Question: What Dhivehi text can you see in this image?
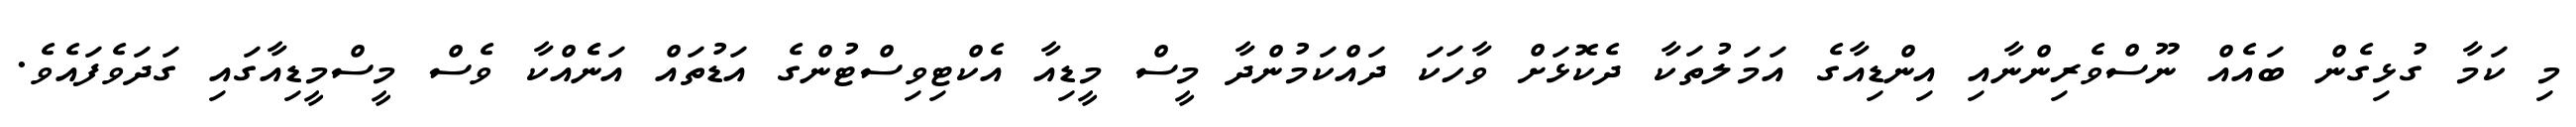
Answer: މި ކަމާ ގުޅިގެން ބައެއް ނޫސްވެރިންނާއި އިންޑިއާގެ އަމަލުތަކާ ދެކޮޅަށް ވާހަކަ ދައްކަމުންދާ މީސް މީޑިއާ އެކްޓިވިސްޓުންގެ އަޑުތައް އަނެެއްކާ ވެސް މީސްމީޑިއާގައި ގަދަވެފައެވެ.